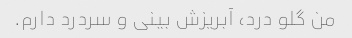
من گلو درد، آبریزش بینی و سردرد دارم.